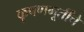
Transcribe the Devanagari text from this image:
कृषणमूर्तींचे